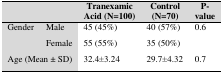
<table><thead><tr><td colspan="2"></td><td><b>Tranexamic Acid (N=100)</b></td><td><b>Control(N=70)</b></td><td><b>P-value</b></td></tr></thead><tbody><tr><td rowspan="2">Gender</td><td>Male </td><td>45 (45%)</td><td>40 (57%)</td><td>0.6</td></tr><tr><td>Female</td><td>55 (55%)</td><td>35 (50%)</td><td></td></tr><tr><td colspan="2">Age (Mean ± SD)</td><td>32.4±3.24</td><td>29.7±4.32</td><td>0.7</td></tr></tbody></table>